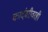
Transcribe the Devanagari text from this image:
कादंबरीवरही